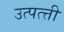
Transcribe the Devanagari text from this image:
उत्पत्त्ती